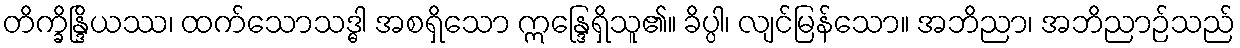
တိက္ခိန္ဒြိယဿ၊ ထက်သောသဒ္ဓါ အစရှိသော ဣန္ဒြေရှိသူ၏။ ခိပ္ပါ၊ လျင်မြန်သော။ အဘိညာ၊ အဘိညာဉ်သည်